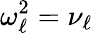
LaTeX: \omega_{\ell}^{2}=\nu_{\ell}